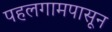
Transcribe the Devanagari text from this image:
पहलगामपासून